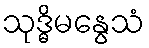
သုဒ္ဓိမနွေသံ